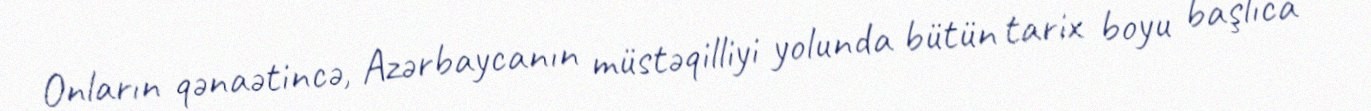
Onların qənaətincə, Azərbaycanın müstəqilliyi yolunda bütün tarix boyu başlıca